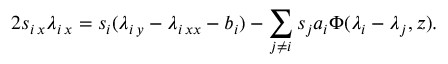
2 s _ { i \, x } \lambda _ { i \, x } = s _ { i } ( \lambda _ { i \, y } - \lambda _ { i \, x x } - b _ { i } ) - \sum _ { j \ne i } s _ { j } a _ { i } \Phi ( \lambda _ { i } - \lambda _ { j } , z ) .